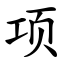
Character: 项